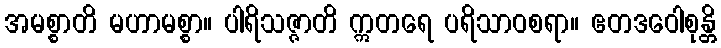
အမစ္စာတိ မဟာမစ္စာ။ ပါရိသဇ္ဇာတိ ဣတရေ ပရိသာဝစရာ။ ဧတဒဝေါစုန္တိ